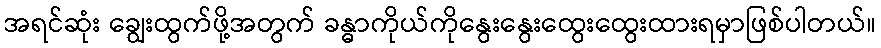
အရင်ဆုံး ချွေးထွက်ဖို့အတွက် ခန္ဓာကိုယ်ကိုနွေးနွေးထွေးထွေးထားရမှာဖြစ်ပါတယ်။